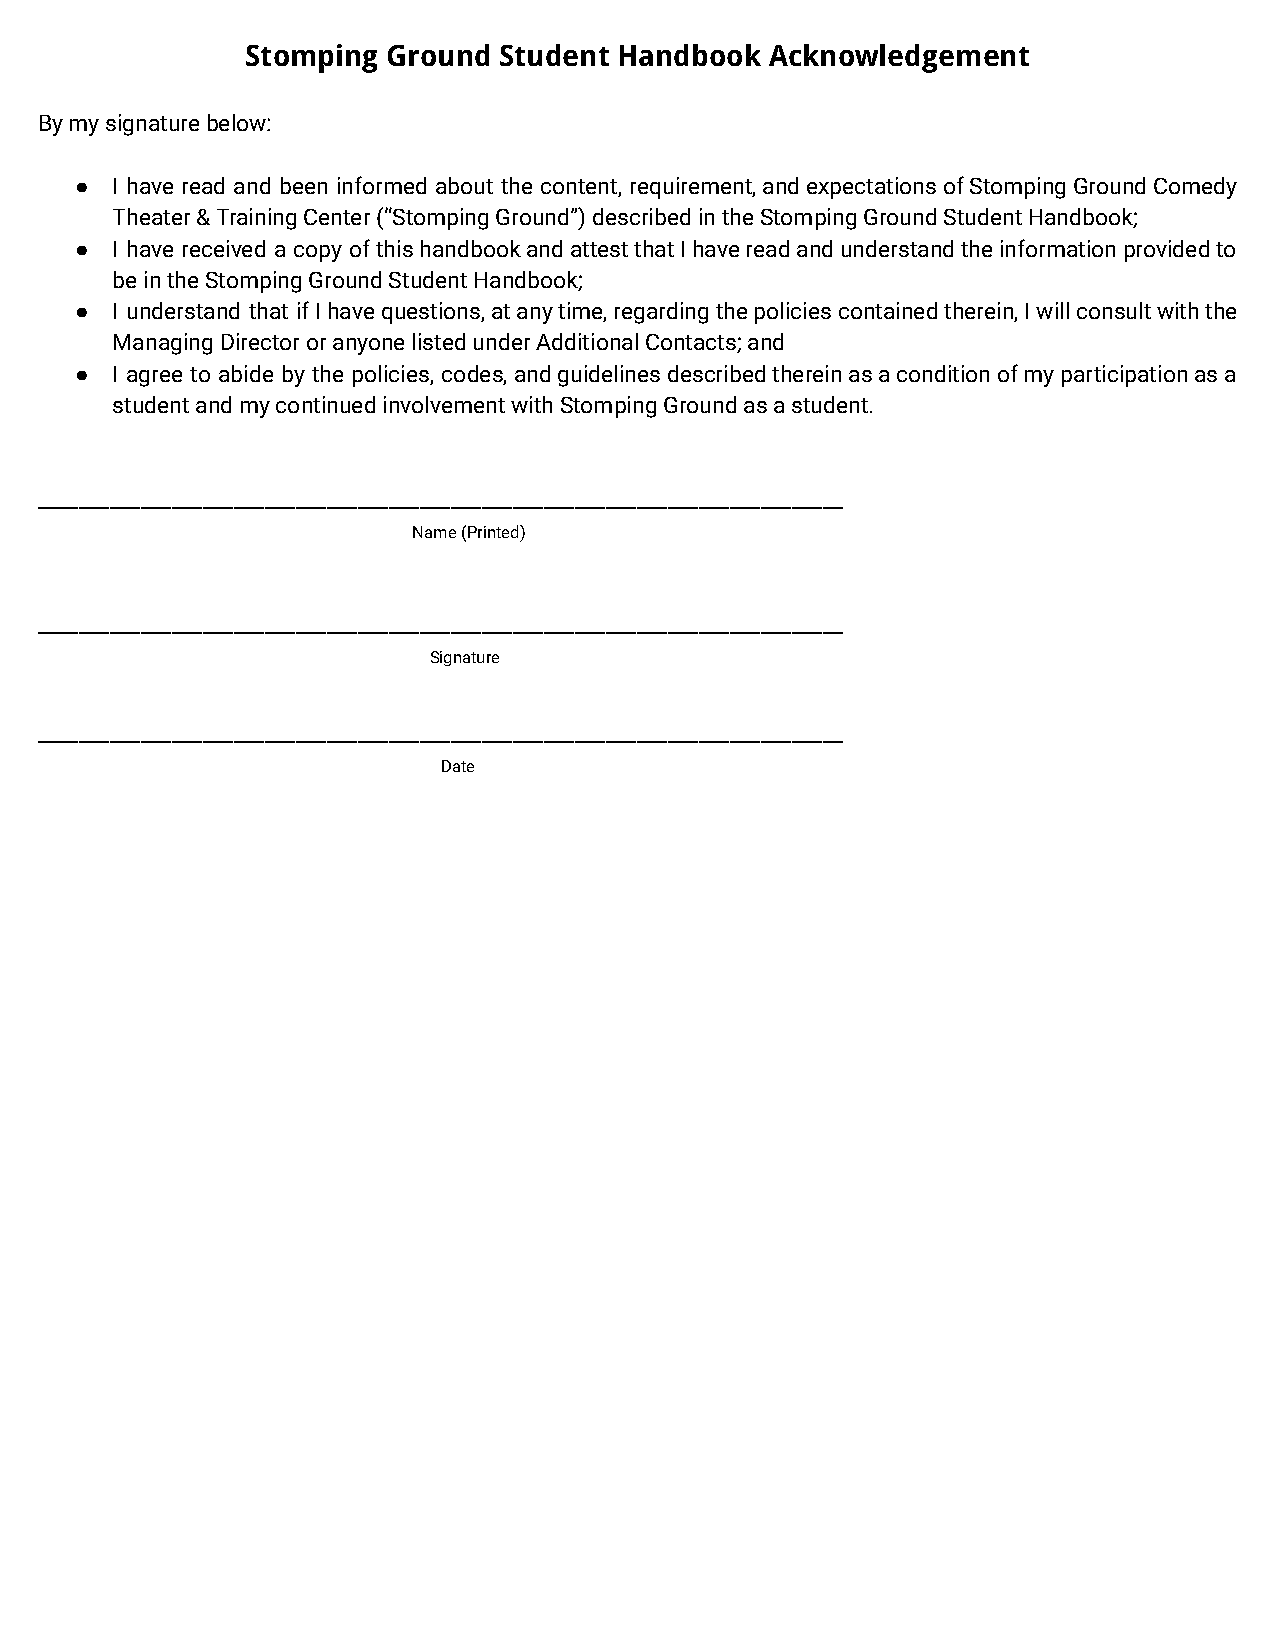
Stomping  Ground Student Handbook  Acknowledgement
 By my signature below:
 ● I have read and been informed about the content, requirement,andexpectationsofStompingGroundComedy
 Theater & Training Center (“Stomping Ground”) describedin the Stomping Ground Student Handbook;
 ● I have received a copy ofthishandbookandattestthatIhavereadandunderstandtheinformationprovidedto
 be in the Stomping Ground Student Handbook;
 ● I understand that ifIhavequestions,atanytime,regardingthepoliciescontainedtherein,Iwillconsultwiththe
 Managing Director or anyone listed under AdditionalContacts; and
 ● I agree to abide by the policies, codes,andguidelinesdescribedthereinasaconditionofmyparticipationasa
 student and my continued involvement with StompingGround as a student.
 ______________________________________________________________________________
 Name (Printed)
 ______________________________________________________________________________
 Signature
 ______________________________________________________________________________
 Date